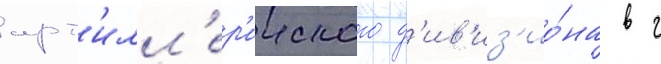
арт'илл'ер'ииского д'ив'из'ио́на в г